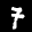
Label: 7